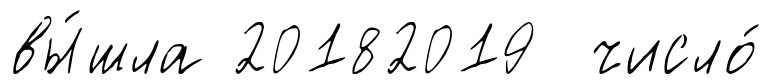
вы́шла 20182019 число́